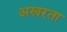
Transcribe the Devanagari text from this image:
अखरता